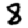
Digit: 8